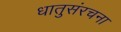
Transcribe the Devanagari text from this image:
धातुसंरचना